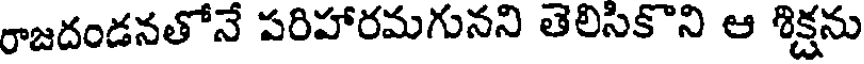
రాజదండనతోనే పరిహారమగునని తెలిసికొని ఆ శిక్షను